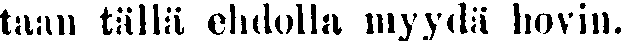
taan tällä ehdolla myydä hovin.